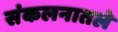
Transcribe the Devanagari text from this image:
संकलनातले